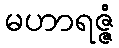
မဟာရဇ္ဇံ